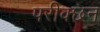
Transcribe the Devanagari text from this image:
परीक्छन